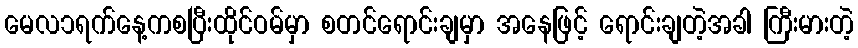
မေလ၁ရက်နေ့ကစပြီးထိုင်ဝမ်မှာ စတင်ရောင်းချမှာ အနေဖြင့် ရောင်းချတဲ့အခါ ကြီးမားတဲ့